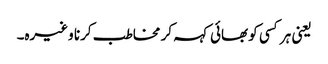
یعنی ہر کسی کو بھائی کہہ کر مخاطب کرنا وغیرہ۔